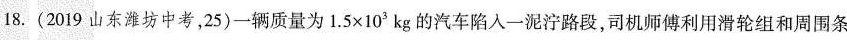
18. (2019山东潍坊中考，25)一辆质量为$$1 . 5 \times 1 0 3 k g$$ 的汽车陷入一泥泞路段，司机师傅利用滑轮组和周围条